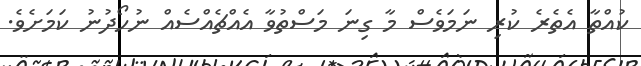
ކުއްތާ އެެތެރެ ކުރި ނަމަވެސް މާ ގިނަ މަސްތުވާ އެއްޗެއްސެއް ނުހޯދުނު ކަމަށެވެ.